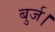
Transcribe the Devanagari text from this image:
बुर्ज।